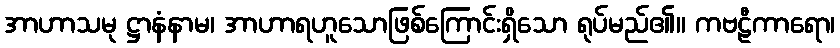
အာဟာသမု ဋ္ဌာနံနာမ၊ အာဟာရဟူသောဖြစ်ကြောင်းရှိသော ရုပ်မည်၏။ ကဗဠီကာရော၊